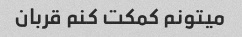
میتونم کمکت کنم قربان